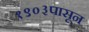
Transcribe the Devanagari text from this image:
१९०३पासून